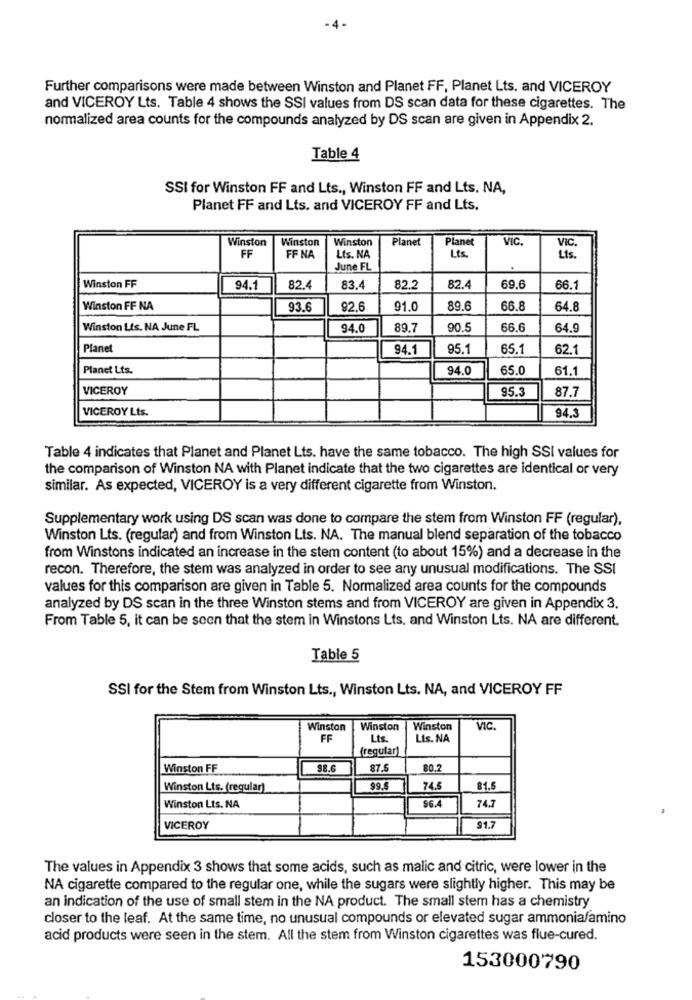
-4 -
Further comparisons were made between Winston and Planet FF, Planet Lts. and VICEROY
and VICEROY Lts. Table 4 shows the SSI values from DS scan data for these cigarettes. The
normalized area counts for the compounds analyzed by DS scan are given in Appendix 2.
Table 4
SSI for Winston FF and Lts ., Winston FF and Lts. NA,
Planet FF and Lts. and VICEROY FF and Lts.
Winston
Winston
Winston
Planet
Planet
VIC.
VIC.
FF
FF NA
Lis. NA
Lts.
Lis.
June FL
Winston FF
94.1
82.4
83.4
82.2
82.4
69.6
66.1
Winston FF NA
93.6
92.6
91.0
89.6
66.8
64.8
Winston Lts. NA June FL
94.0
89.7
90.5
66.6
64.9
Planet
94.1
95.1
65.1
62.1
Planet Lts.
94.0
65.0
61.1
VICEROY
95.3
87.7
VICEROY Lts.
94.3
Table 4 indicates that Planet and Planet Lts. have the same tobacco. The high SSI values for
the comparison of Winston NA with Planet indicate that the two cigarettes are identical or very
similar. As expected, VICEROY is a very different cigarette from Winston.
Supplementary work using DS scan was done to compare the stem from Winston FF (regular),
Winston Lts. (regular) and from Winston Lts. NA. The manual blend separation of the tobacco
from Winstons indicated an increase in the stem content (to about 15%) and a decrease in the
recon. Therefore, the stem was analyzed in order to see any unusual modifications. The SSI
values for this comparison are given in Table 5. Normalized area counts for the compounds
analyzed by DS scan in the three Winston stems and from VICEROY are given in Appendix 3.
From Table 5, it can be seen that the stem in Winstons Lts, and Winston Lts. NA are different.
Table 5
SSI for the Stem from Winston Lts ., Winston Lts. NA, and VICEROY FF
Winston
Winston
Winston
VIC.
FF
Lts.
Lis. NA
(regular)
Winston FF
98.6
87.5
80.
Winston Lts. (regular)
99.5
74.
31.5
74.7
Winston Lts. NA
S6.4
VICEROY
91.7
The values in Appendix 3 shows that some acids, such as malic and citric, were lower in the
NA cigarette compared to the regular one, while the sugars were slightly higher. This may be
an indication of the use of small stem in the NA product. The small stem has a chemistry
closer to the leaf. At the same time, no unusual compounds or elevated sugar ammonia/amino
acid products were seen in the stem. All the stem from Winston cigarettes was flue-cured.
153000790